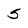
Character: 5